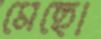
মেছো